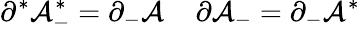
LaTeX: \partial^{*}{\cal A}_{-}^{*}=\partial_{-}{\cal A}\; \; \; \; \partial{\cal A}_{-}=\partial_{-}{\cal A}^{*}